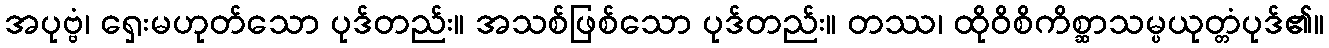
အပုဗ္ဗံ၊ ရှေးမဟုတ်သော ပုဒ်တည်း။ အသစ်ဖြစ်သော ပုဒ်တည်း။ တဿ၊ ထိုဝိစိကိစ္ဆာသမ္ပယုတ္တံပုဒ်၏။